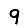
Digit: 9